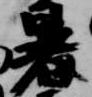
暑